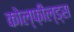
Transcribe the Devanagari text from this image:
कोल्फ़ील्ड्स